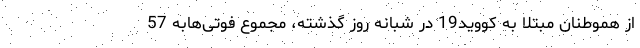
از هموطنان مبتلا به کووید19 در شبانه روز گذشته، مجموع فوتی‌هابه 57